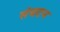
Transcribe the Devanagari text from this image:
संधटन